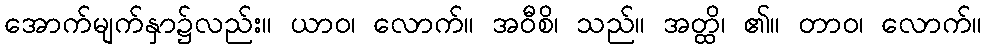
အောက်မျက်နှာ၌လည်း။ ယာဝ၊ လောက်။ အဝီစိ၊ သည်။ အတ္ထိ၊ ၏။ တာဝ၊ လောက်။